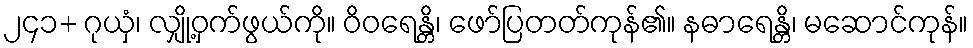
၂၄၁+ ဂုယှံ၊ လျှို့ဝှက်ဖွယ်ကို။ ဝိဝရေန္တိ၊ ဖော်ပြတတ်ကုန်၏။ နဓာရေန္တိ၊ မဆောင်ကုန်။